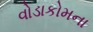
વોડાકોમના